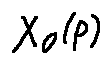
X _ { 0 } ( p )